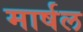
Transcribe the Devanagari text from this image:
मार्षल